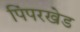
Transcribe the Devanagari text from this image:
पिंपरखेड